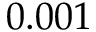
0 . 0 0 1